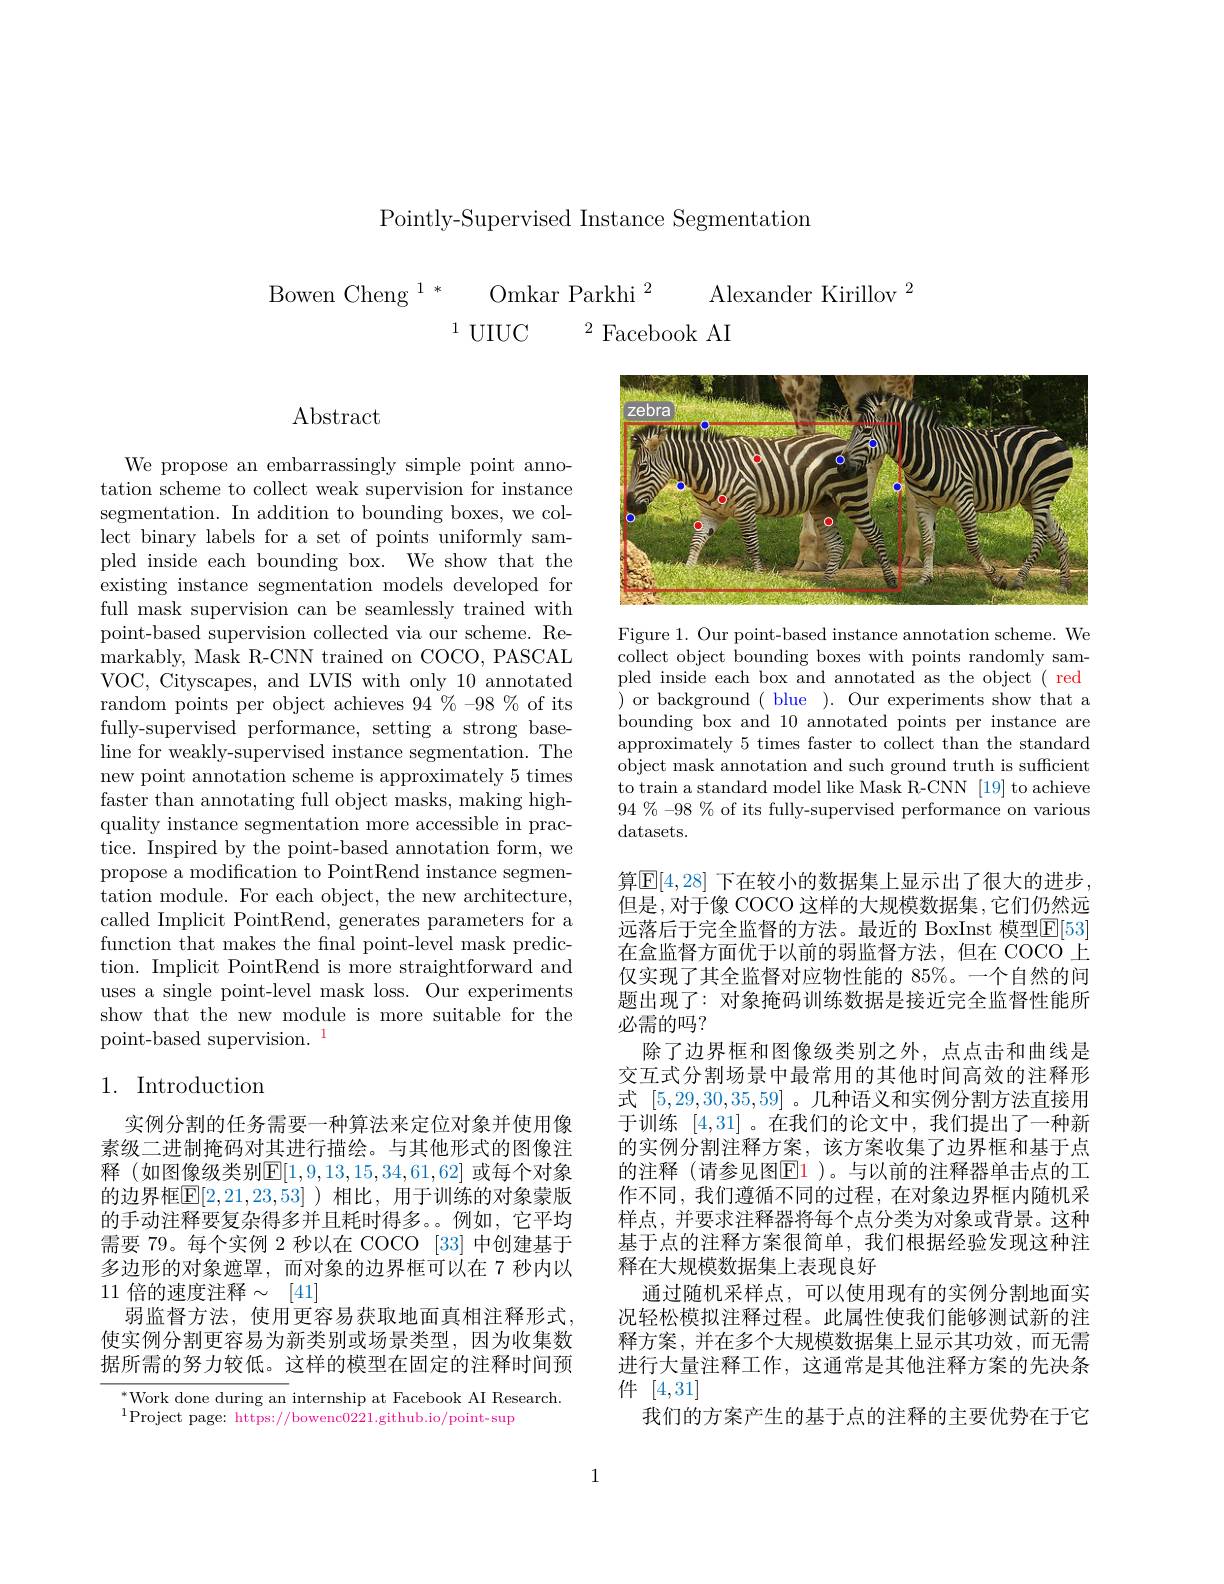
Pointly-Supervised Instance Segmentation

Alexander Kirillov $^{2}$

$\begin{array}{c}{\mathrm{iowen~Cheng~}^{1*}}&{\mathrm{Omkar~Parkhi}^{2}}&{\mathrm{Al}}\\\\{{}^{1\:\mathrm{UIUC}}}&{^{2}\mathrm{Facebook~AI}}\end{array}$

$\operatorname{Abstract}$

We propose an embarrassingly simple point annotation scheme to collect weak supervision for instance segmentation. In addition to bounding boxes, we col- $\bar{\text{lect binary labels for a set of points uniformly sam-}}$ pled inside each bounding box. We show that the existing instance segmentation models developed for full mask supervision can be seamlessly trained with point-based supervision collected via our scheme. Remarkably, Mask R-CNN trained on COCO, PASCAL VOC, Cityscapes, and LVIS with only 10 annotated random points per object achieves $94\%-98\%$ of its fully-supervised performance, setting a strong baseline for weakly-supervised instance segmentation. The new point annotation scheme is approximately 5 times faster than annotating full object masks, making highquality instance segmentation more accessible in practice. Inspired by the point-based annotation form, we propose a modification to PointRend instance segmentation module. For each object, the new architecture, called Implicit PointRend, generates parameters for a function that makes the final point-level mask prediction. Implicit PointRend is more straightforward and uses a single point-level mask loss. Our experiments show that the new module is more suitable for the point-based supervision. $^{1}$

## 1. Introduction

实例分割的任务需要一种算法来定位对象并使用像素级二进制掩码对其进行描绘。与其他形式的图像注释 (如图像级类别$\mathbb{E}[1,9,13,15,34,61,62]$ 或每个对象的边界框$\mathbb{E}[2,21,23,53]$)相比，用于训练的对象蒙版的手动注释要复杂得多并且耗时得多。。例如，它平均需要 79。每个实例 2 秒以在 COCO [33] 中创建基于多边形的对象遮罩，而对象的边界框可以在 7 秒内以11 倍的速度注释$\sim[41]$
弱监督方法，使用更容易获取地面真相注释形式， 使实例分割更容易为新类别或场景类型，因为收集数据所需的努力较低。这样的模型在固定的注释时间预

$^{*}$Work done during an internship at Facebook AI Research.
$^{1}$Project page: https://bowenc0221.github.io/point-sup

<FigureHere>

Figure 1. Our point-based instance annotation scheme. We collect object bounding boxes with points randomly sampled inside each box and annotated as the object ( red ) or background ( blue ) . Our experiments show that a bounding box and 10 annotated points per instance are approximately 5 times faster to collect than the standard object mask annotation and such ground truth is sufficient to train a standard model like Mask R-CNN [19] to achieve $94\%-98\%$ of its fully-supervised performance on various datasets.

算$\overline{\mathbb{E}}[4,28]$ 下在较小的数据集上显示出了很大的进步， 但是，对于像 COCO 这样的大规模数据集，它们仍然远远落后于完全监督的方法。最近的 BoxInst 模型$\underline{\mathrm{E}}[53]$ 在盒监督方面优于以前的弱监督方法，但在 COCO 上仅实现了其全监督对应物性能的 85%。一个自然的问题出现了：对象掩码训练数据是接近完全监督性能所必需的吗？
除了边界框和图像级类别之外，点点击和曲线是交互式分割场景中最常用的其他时间高效的注释形式[5,29,30,35,59] 。几种语义和实例分割方法直接用于训练[4,31] 。在我们的论文中，我们提出了一种新的实例分割注释方案，该方案收集了边界框和基于点的注释 (请参见图$\mathbb{E}$1)。与以前的注释器单击点的工作不同，我们遵循不同的过程，在对象边界框内随机采样点，并要求注释器将每个点分类为对象或背景。这种基于点的注释方案很简单，我们根据经验发现这种注释在大规模数据集上表现良好
通过随机采样点，可以使用现有的实例分割地面实况轻松模拟注释过程。此属性使我们能够测试新的注释方案，并在多个大规模数据集上显示其功效，而无需进行大量注释工作，这通常是其他注释方案的先决条件[4,31]
我们的方案产生的基于点的注释的主要优势在于它

1